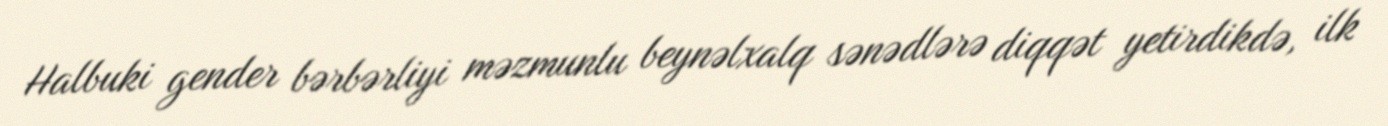
Halbuki gender bərbərliyi məzmunlu beynəlxalq sənədlərə diqqət yetirdikdə, ilk